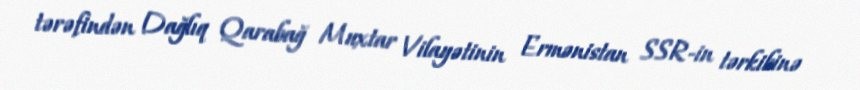
tərəfindən Dağlıq Qarabağ Muxtar Vilayətinin Ermənistan SSR-in tərkibinə